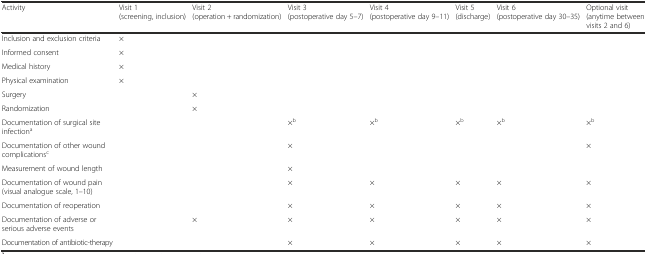
<table><thead><tr><td><b>Activity</b></td><td><b>Visit 1 (screening, inclusion)</b></td><td><b>Visit 2 (operation + randomization)</b></td><td><b>Visit 3 (postoperative day 5–7)</b></td><td><b>Visit 4 (postoperative day 9–11)</b></td><td><b>Visit 5 (discharge)</b></td><td><b>Visit 6 (postoperative day 30–35)</b></td><td><b>Optional visit (anytime between visits 2 and 6)</b></td></tr></thead><tbody><tr><td>Inclusion and exclusion criteria</td><td>×</td><td></td><td></td><td></td><td></td><td></td><td></td></tr><tr><td>Informed consent</td><td>×</td><td></td><td></td><td></td><td></td><td></td><td></td></tr><tr><td>Medical history</td><td>×</td><td></td><td></td><td></td><td></td><td></td><td></td></tr><tr><td>Physical examination</td><td>×</td><td></td><td></td><td></td><td></td><td></td><td></td></tr><tr><td>Surgery</td><td></td><td>×</td><td></td><td></td><td></td><td></td><td></td></tr><tr><td>Randomization</td><td></td><td>×</td><td></td><td></td><td></td><td></td><td></td></tr><tr><td>Documentation of surgical site infection<sup>a</sup></td><td></td><td></td><td>×<sup>b</sup></td><td>×<sup>b</sup></td><td>×<sup>b</sup></td><td>×<sup>b</sup></td><td>×<sup>b</sup></td></tr><tr><td>Documentation of other wound complications<sup>c</sup></td><td></td><td></td><td>×</td><td></td><td></td><td></td><td>×</td></tr><tr><td>Measurement of wound length</td><td></td><td></td><td>×</td><td></td><td></td><td></td><td></td></tr><tr><td>Documentation of wound pain (visual analogue scale, 1–10)</td><td></td><td></td><td>×</td><td>×</td><td>×</td><td>×</td><td>×</td></tr><tr><td>Documentation of reoperation</td><td></td><td></td><td>×</td><td>×</td><td>×</td><td>×</td><td>×</td></tr><tr><td>Documentation of adverse or serious adverse events</td><td></td><td>×</td><td>×</td><td>×</td><td>×</td><td>×</td><td>×</td></tr><tr><td>Documentation of antibiotic-therapy</td><td></td><td></td><td>×</td><td>×</td><td>×</td><td>×</td><td>×</td></tr></tbody></table>